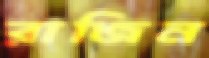
রাজিন